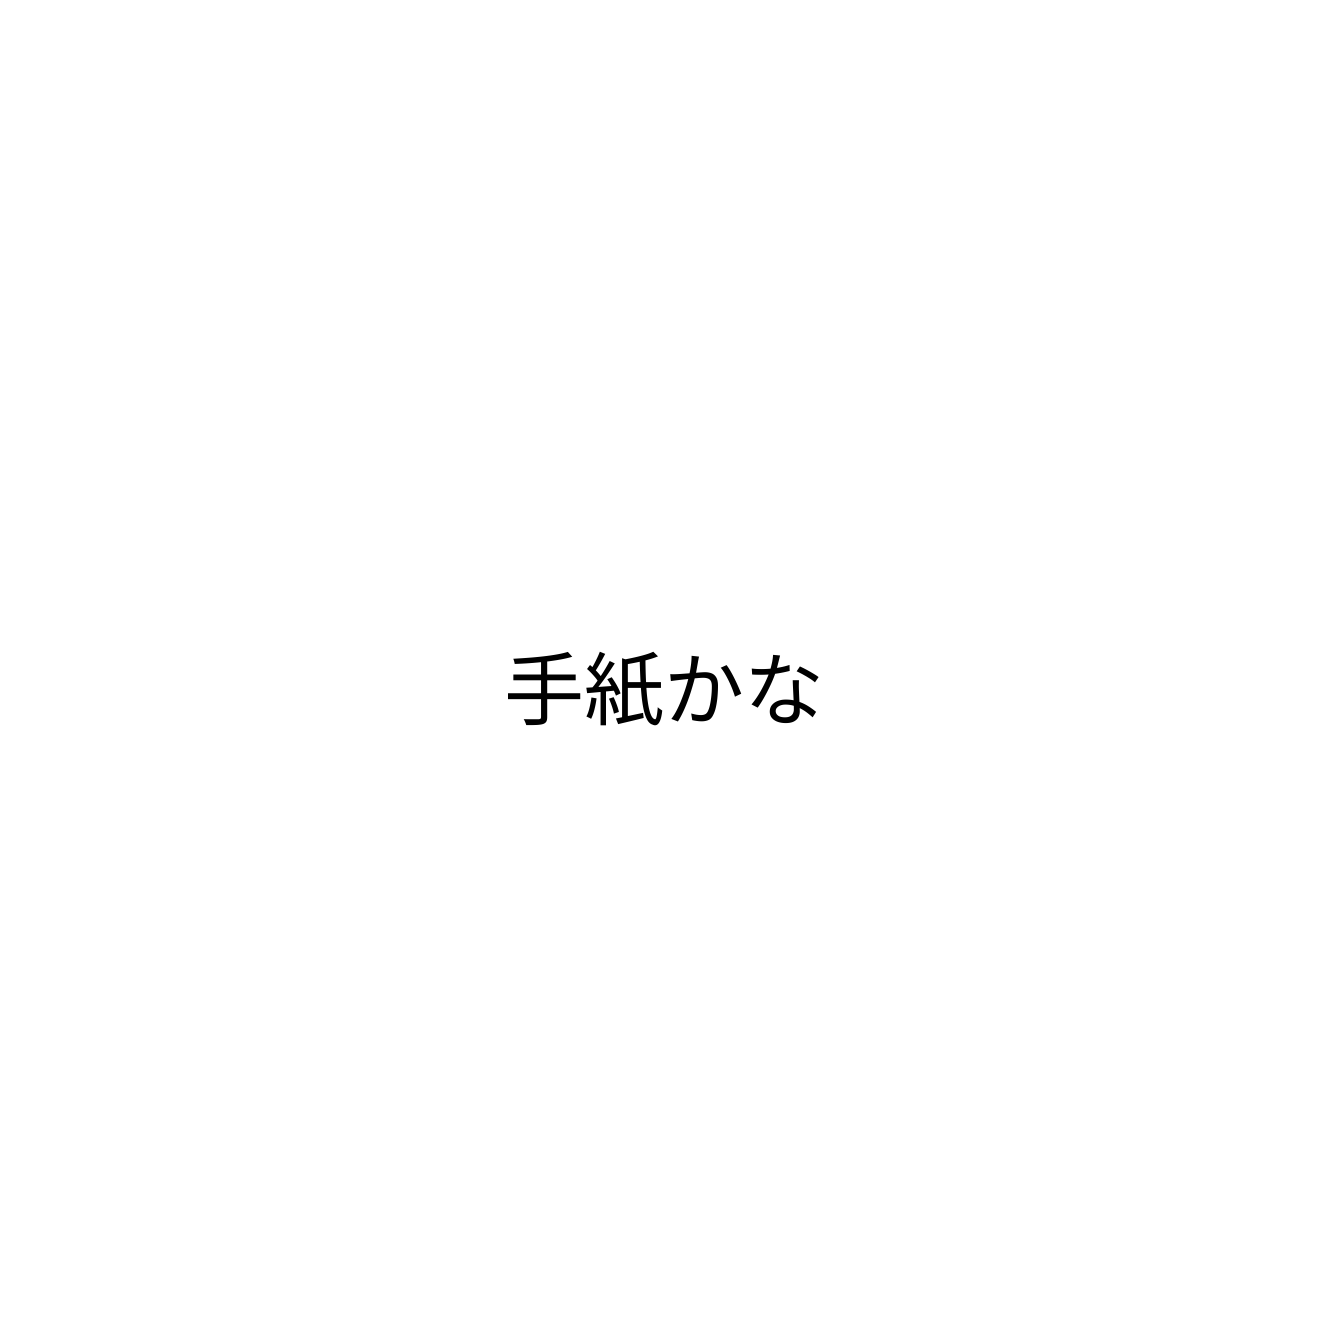
手紙かな